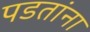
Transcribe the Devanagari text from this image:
पडतांना